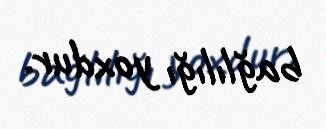
bağlılığı yoxdur.